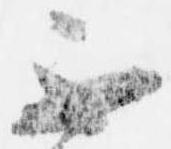
不